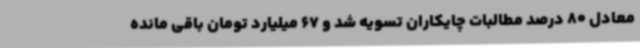
معادل 80 درصد مطالبات چایکاران تسویه شد و 67 میلیارد تومان باقی مانده